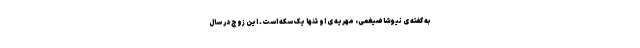
به گفته ی نیوشا ضیغمی، مهریه ی او تنها یک سکه است. این زوج در سال